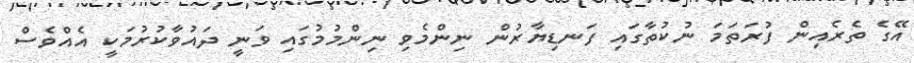
އޭގެ ތެރެއިން ފުރަތަމަ ނުކުތާގައި ފަނޑިޔާރުން ނިންމެވި ނިންމުމުގައި ވަނީ ދައުވާކުރުމަކީ އެއްވެސް